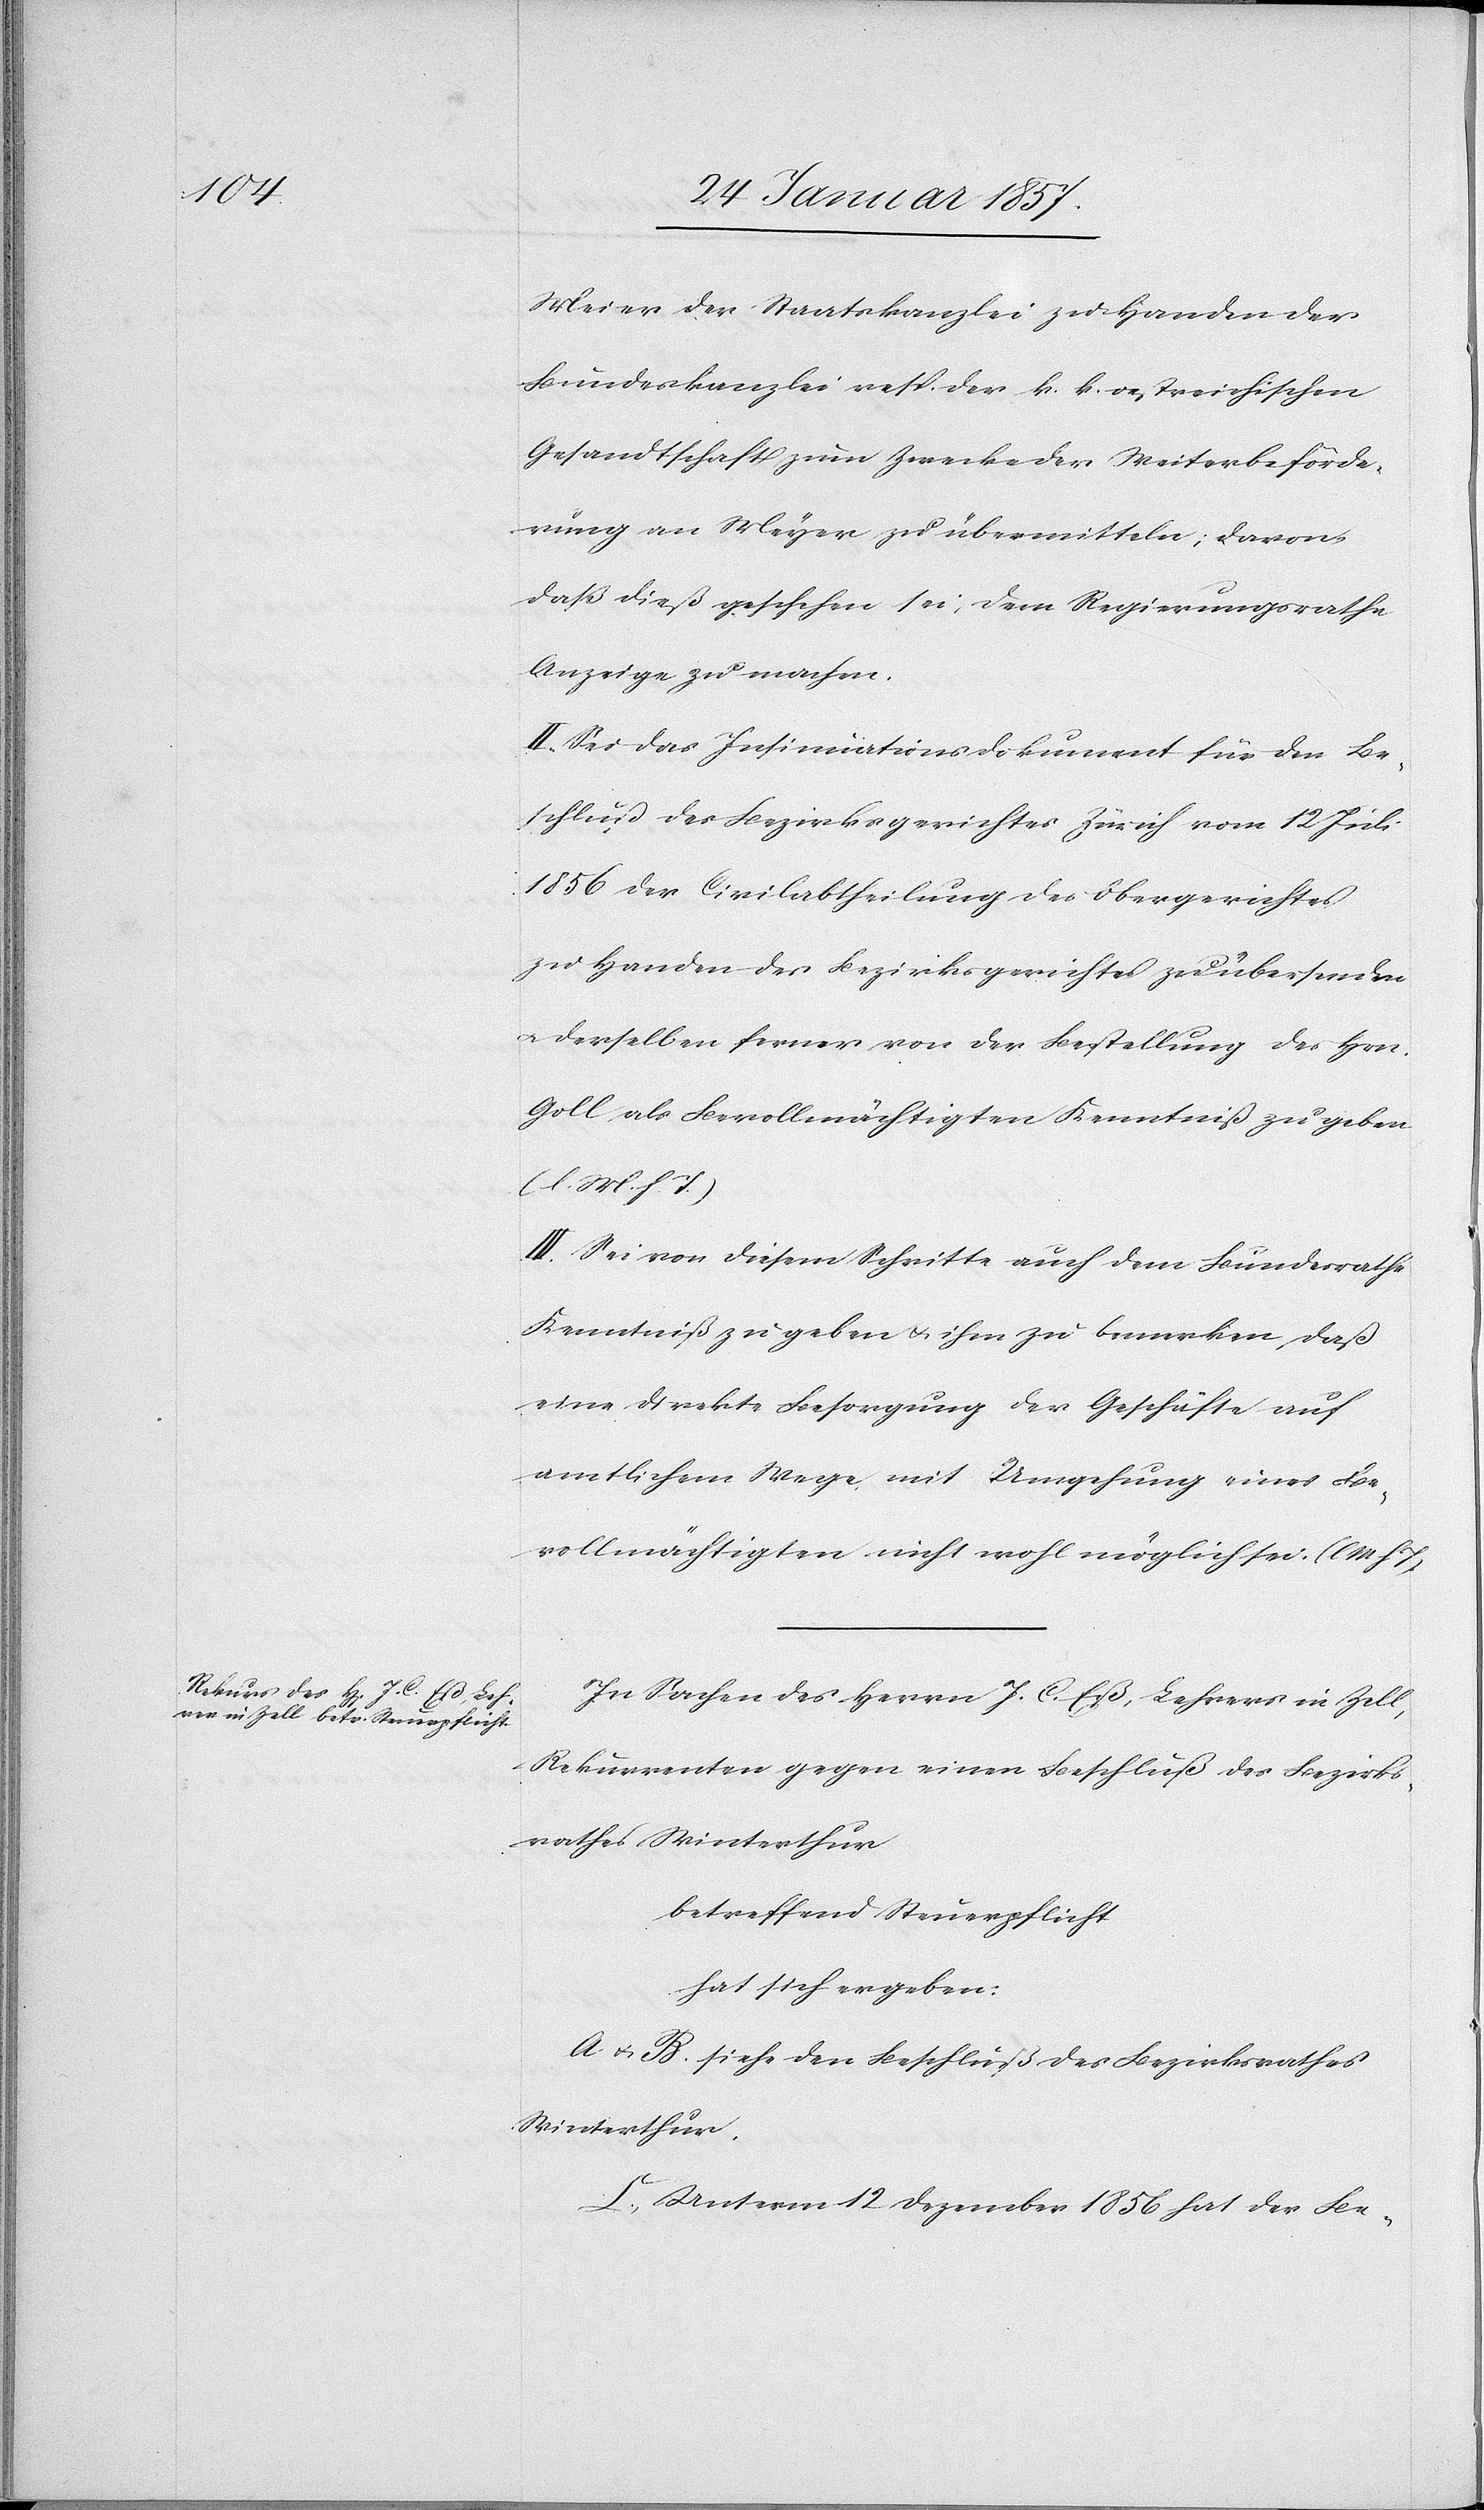
Meiers der Staatskanzlei zu Handen der
Bundeskanzlei resp. der k. k. oestreichischen
Gesandtschaft zum Zwecke der Weiterbeförde¬
rung an Meyer zu übermitteln; davon
daß dieß geschehen sei, dem Regierungsrathe
Anzeige zu machen.
II. Sei das Insinuationsdokument für den Be¬
schluß des Bezirksgerichtes Zürich vom 12 Juli
1856 der Civilabtheilung des Obergerichtes
zu Handen des Bezirksgerichtes zu übersenden
u. derselben ferner von der Bestellung des Hrn.
Goll als Bevollmächtigten Kenntniß zu geben
(l. M. h. T.)
III. Sei von diesem Schritte auch dem Bundesrathe
Kenntniß zu geben & ihm zu bemerken, daß
eine direkte Besorgung der Geschäfte auf
amtlichem Wege mit Umgehung eines Be¬
vollmächtigten nicht wohl möglich sei: (l M h T)
In Sachen des Herrn J. C. Eß, Lehrers in Zell,
Rekurrenten gegen einen Beschluß des Bezirks¬
rathes Winterthur
betreffend Steuerpflicht
hat sich ergeben:
A & B. siehe den Beschluß des Bezirksrathes
Winterthur.
C. Unterm 12 Dezember 1856 hat der Be-